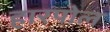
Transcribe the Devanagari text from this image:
हारपोल